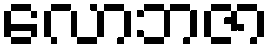
လောဘဇာ